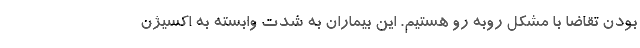
بودن تقاضا با مشکل روبه رو هستیم. این بیماران به شدت وابسته به اکسیژن